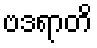
ဗဒရာတိ